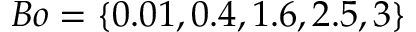
B o = \{ 0 . 0 1 , 0 . 4 , 1 . 6 , 2 . 5 , 3 \}